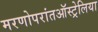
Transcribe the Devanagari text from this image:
मरणोपरांतऑस्ट्रेलिया